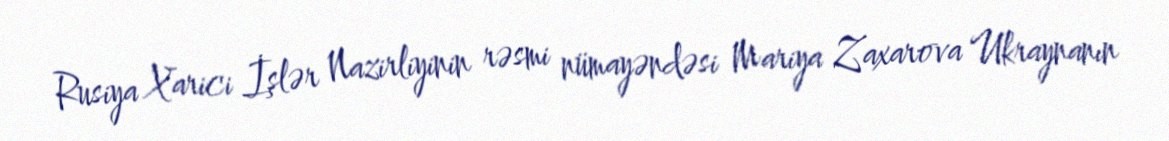
Rusiya Xarici İşlər Nazirliyinin rəsmi nümayəndəsi Mariya Zaxarova Ukraynanın